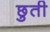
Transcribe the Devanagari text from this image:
छुती